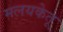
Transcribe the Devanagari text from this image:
मलयकेतू